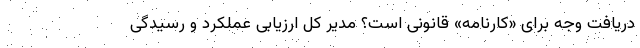
دریافت وجه برای «کارنامه» قانونی است؟ مدیر کل ارزیابی عملکرد و رسیدگی